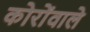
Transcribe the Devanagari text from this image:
कोरोंवाले